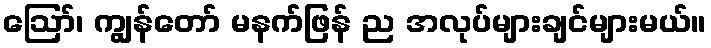
ဪ၊ ကျွန်တော် မနက်ဖြန် ည အလုပ်များချင်များမယ်။